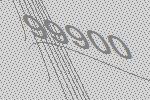
99900